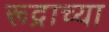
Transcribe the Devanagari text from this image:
रूद्राच्या